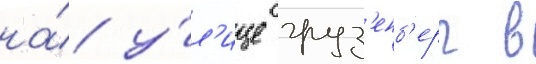
на́ у́л'ице груз'енб'ерг в